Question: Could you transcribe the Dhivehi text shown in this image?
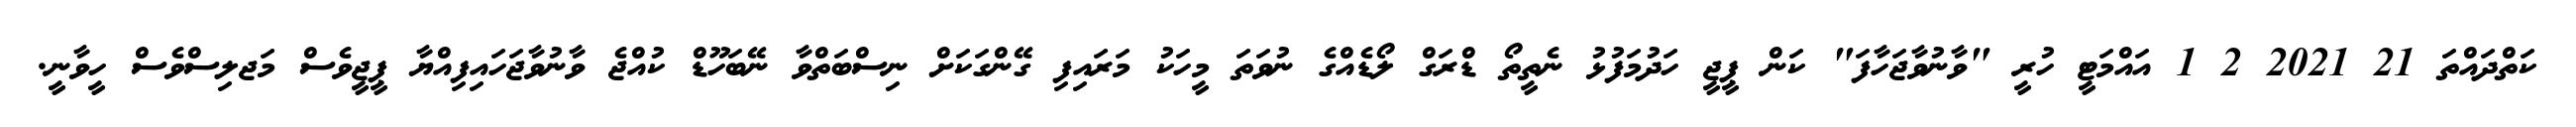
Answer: ކަތްދައްތަ 21 2021 2 1 އައްމަޓީ ހުރީ "ވާނުވާޖަހާފަ" ކަން ޕީޖީ ހަދުމަފުޅު ނެތީތޯ ޑްރަގް ލޯޑެއްގެ ނުވަތަ މީހަކު މަރައިފި ގޭންގަކަށް ނިސްބަތްވާ ނޭބަހޫޑް ކުއްޖެ ވާނުވާޖަހައިފިއްޔާ ޕީޖީވެސް މަޖލިސްވެސް ހީވާނީ.